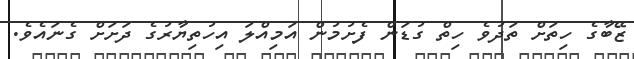
ޒޭބާގެ ހިތަށް ތަދުވެ ހިތް ގުޑަން ފެށުމުން އަމިއްލަ އިހުތިޔާރުގެ ދަށަށް ގެނައެވެ.